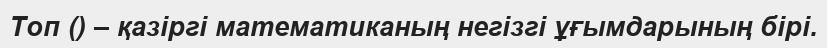
Топ () – қазіргі математиканың негізгі ұғымдарының бірі.